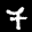
Label: 7